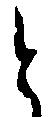
と